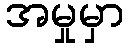
အမှုမှာ